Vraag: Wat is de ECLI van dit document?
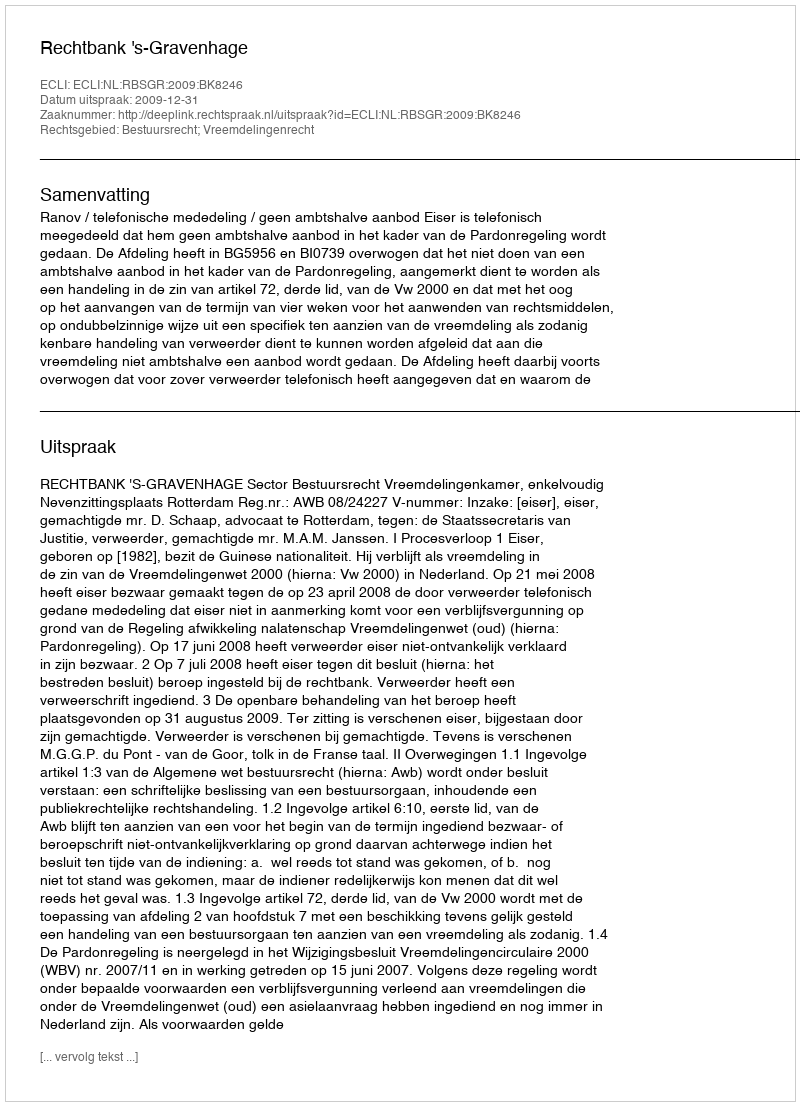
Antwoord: ECLI:NL:RBSGR:2009:BK8246